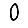
Digit: 0